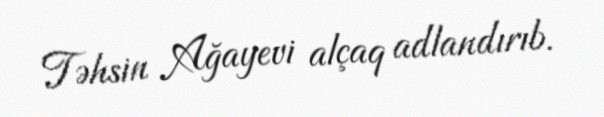
Təhsin Ağayevi alçaq adlandırıb.